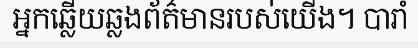
អ្នកឆ្លើយឆ្លងព័ត៌មានរបស់យើង។ បារាំ